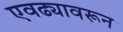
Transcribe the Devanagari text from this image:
एवढ्यावरून